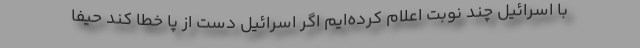
با اسرائیل چند نوبت اعلام کرده‌ایم اگر اسرائیل دست از پا خطا کند حیفا